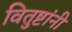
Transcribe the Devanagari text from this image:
वितुष्टांनी